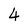
Character: 4